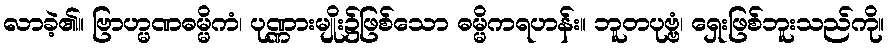
လာခဲ့၏။ ဗြာဟ္မဏဓမ္မိကံ၊ ပုဏ္ဏားမျိုး၌ဖြစ်သော ဓမ္မိကရဟန်း။ ဘူတပုဗ္ဗံ၊ ရှေးဖြစ်ဘူးသည်ကို။